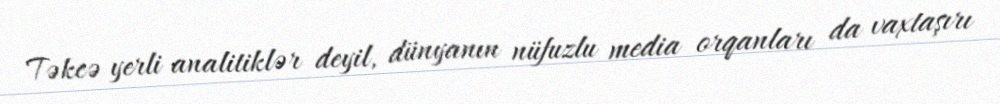
Təkcə yerli analitiklər deyil, dünyanın nüfuzlu media orqanları da vaxtaşırı